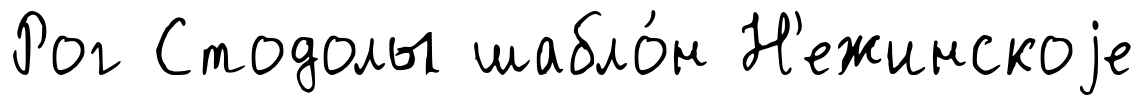
Рог Стодолы шабло́н Н'ежинскоjе